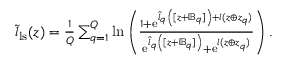
\begin{array} { r } { \tilde { \boldsymbol { l } } _ { \mathrm { l s } } ( \boldsymbol { z } ) = \frac { 1 } { Q } \sum _ { q = 1 } ^ { Q } \ln \left( \frac { 1 + \mathrm { e } ^ { \boldsymbol { \hat { l } } _ { q } \left( [ \boldsymbol { z } + \mathbb { B } _ { q } ] \right) + \boldsymbol { l } ( \boldsymbol { z } \oplus \boldsymbol { z } _ { q } ) } } { \mathrm { e } ^ { \boldsymbol { \hat { l } } _ { q } \left( [ \boldsymbol { z } + \mathbb { B } _ { q } ] \right) } + \mathrm { e } ^ { \boldsymbol { l } ( \boldsymbol { z } \oplus \boldsymbol { z } _ { q } ) } } \right) . } \end{array}